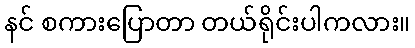
နင် စကားပြောတာ တယ်ရိုင်းပါကလား။